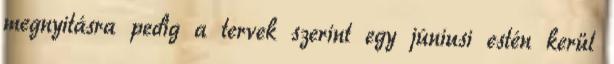
megnyitásra pedig a tervek szerint egy júniusi estén kerül